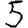
Digit: 5